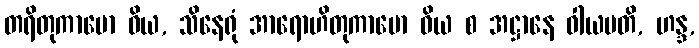
တရိတုကာမော ဝိယ, သိနေရုံ အာရောဟိတုကာမော ဝိယ စ အဋ္ဌာနေ ဝါယမတိ, ဟန္ဒ,